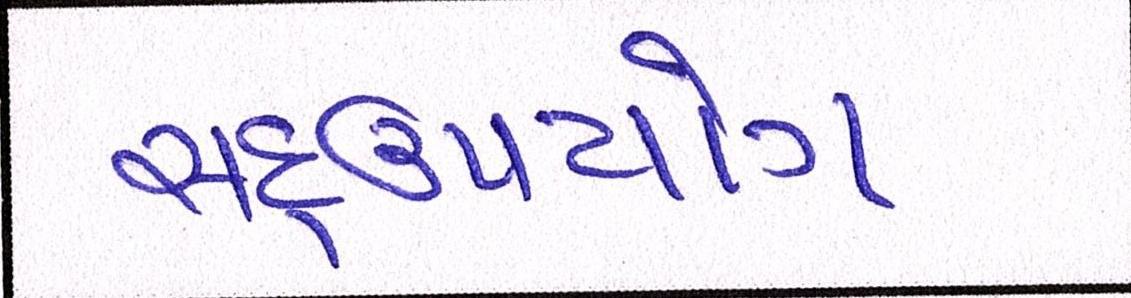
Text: સદ્ઉપયોગ